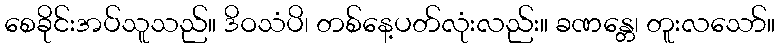
စေခိုင်းအပ်သူသည်။ ဒိဝသံပိ၊ တစ်နေ့ပတ်လုံးလည်း။ ခဏန္တေ၊ တူးလသော်။